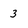
Character: 3